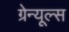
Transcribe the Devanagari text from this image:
ग्रेन्यूल्स